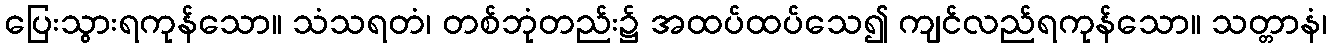
ပြေးသွားရကုန်သော။ သံသရတံ၊ တစ်ဘုံတည်း၌ အထပ်ထပ်သေ၍ ကျင်လည်ရကုန်သော။ သတ္တာနံ၊